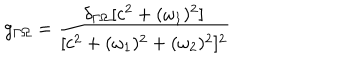
g _ { \Gamma \Omega } = { \frac { \delta _ { \Gamma \Omega } [ c ^ { 2 } + ( \omega _ { 1 } ) ^ { 2 } ] } { [ c ^ { 2 } + ( \omega _ { 1 } ) ^ { 2 } + ( \omega _ { 2 } ) ^ { 2 } ] ^ { 2 } } }